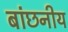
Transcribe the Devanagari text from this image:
बांछनीय